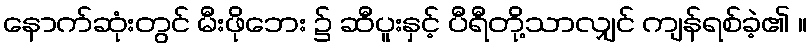
နောက်ဆုံးတွင် မီးဖိုဘေး ၌ ဆီပူးနှင့် ပီရီတို့သာလျှင် ကျန်ရစ်ခဲ့၏ ။